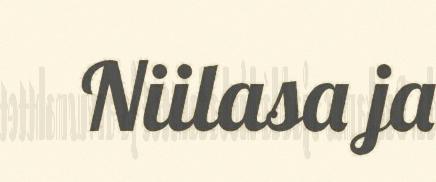
Niilasa ja